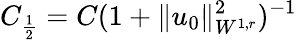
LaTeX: C_{\frac{1}{2}}=C(1+\| u_{0}\| _{W^{1,r}}^{2})^{-1}